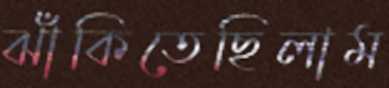
ঝাঁকিতেছিলাম